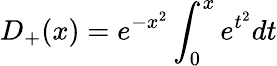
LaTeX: D_{+}(x)=e^{-x^{2}}\int_{0}^{x}e^{t^{2}}dt